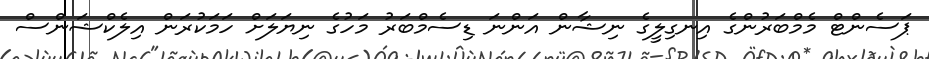
ޕަސެންޓް މެމްބަރުންގެ އިނގިލީގެ ނިޝާން އަންނަ ޑިސެމްބަރު މަހުގެ ނިޔަލަށް ހަަމަކުރަން އިލެކްޝަންސް